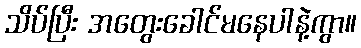
သိပ်ပြီး အတွေးခေါင်မနေပါနဲ့ကွာ။